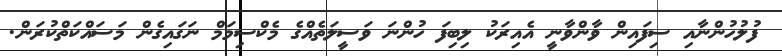
ފުލުހުންނާއި ސިފައިން ވާންވާނީ އެއިރަކު ލިބިފަ ހުންނަ ވަސީލަތެއްގެ މެކްސިމަމް ނަގައިގެން މަސައްކަތްކުރަން.